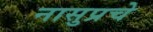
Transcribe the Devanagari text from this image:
नासुप्रचे